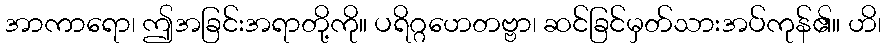
အာကာရော၊ ဤအခြင်းအရာတို့ကို။ ပရိဂ္ဂဟေတဗ္ဗာ၊ ဆင်ခြင်မှတ်သားအပ်ကုန်၏။ ဟိ၊